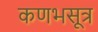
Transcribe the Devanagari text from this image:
कणभसूत्र